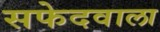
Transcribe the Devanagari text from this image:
सफेदवाला